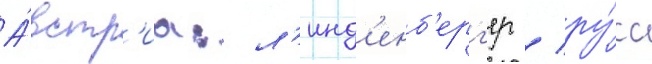
А́встр'иа: л'инд'енб'ерг'ер / ру́сс